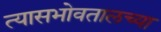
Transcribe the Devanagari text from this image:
त्यासभोवतालच्या